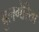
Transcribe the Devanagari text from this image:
बुलगेरिया